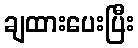
ချထားပေးပြီး